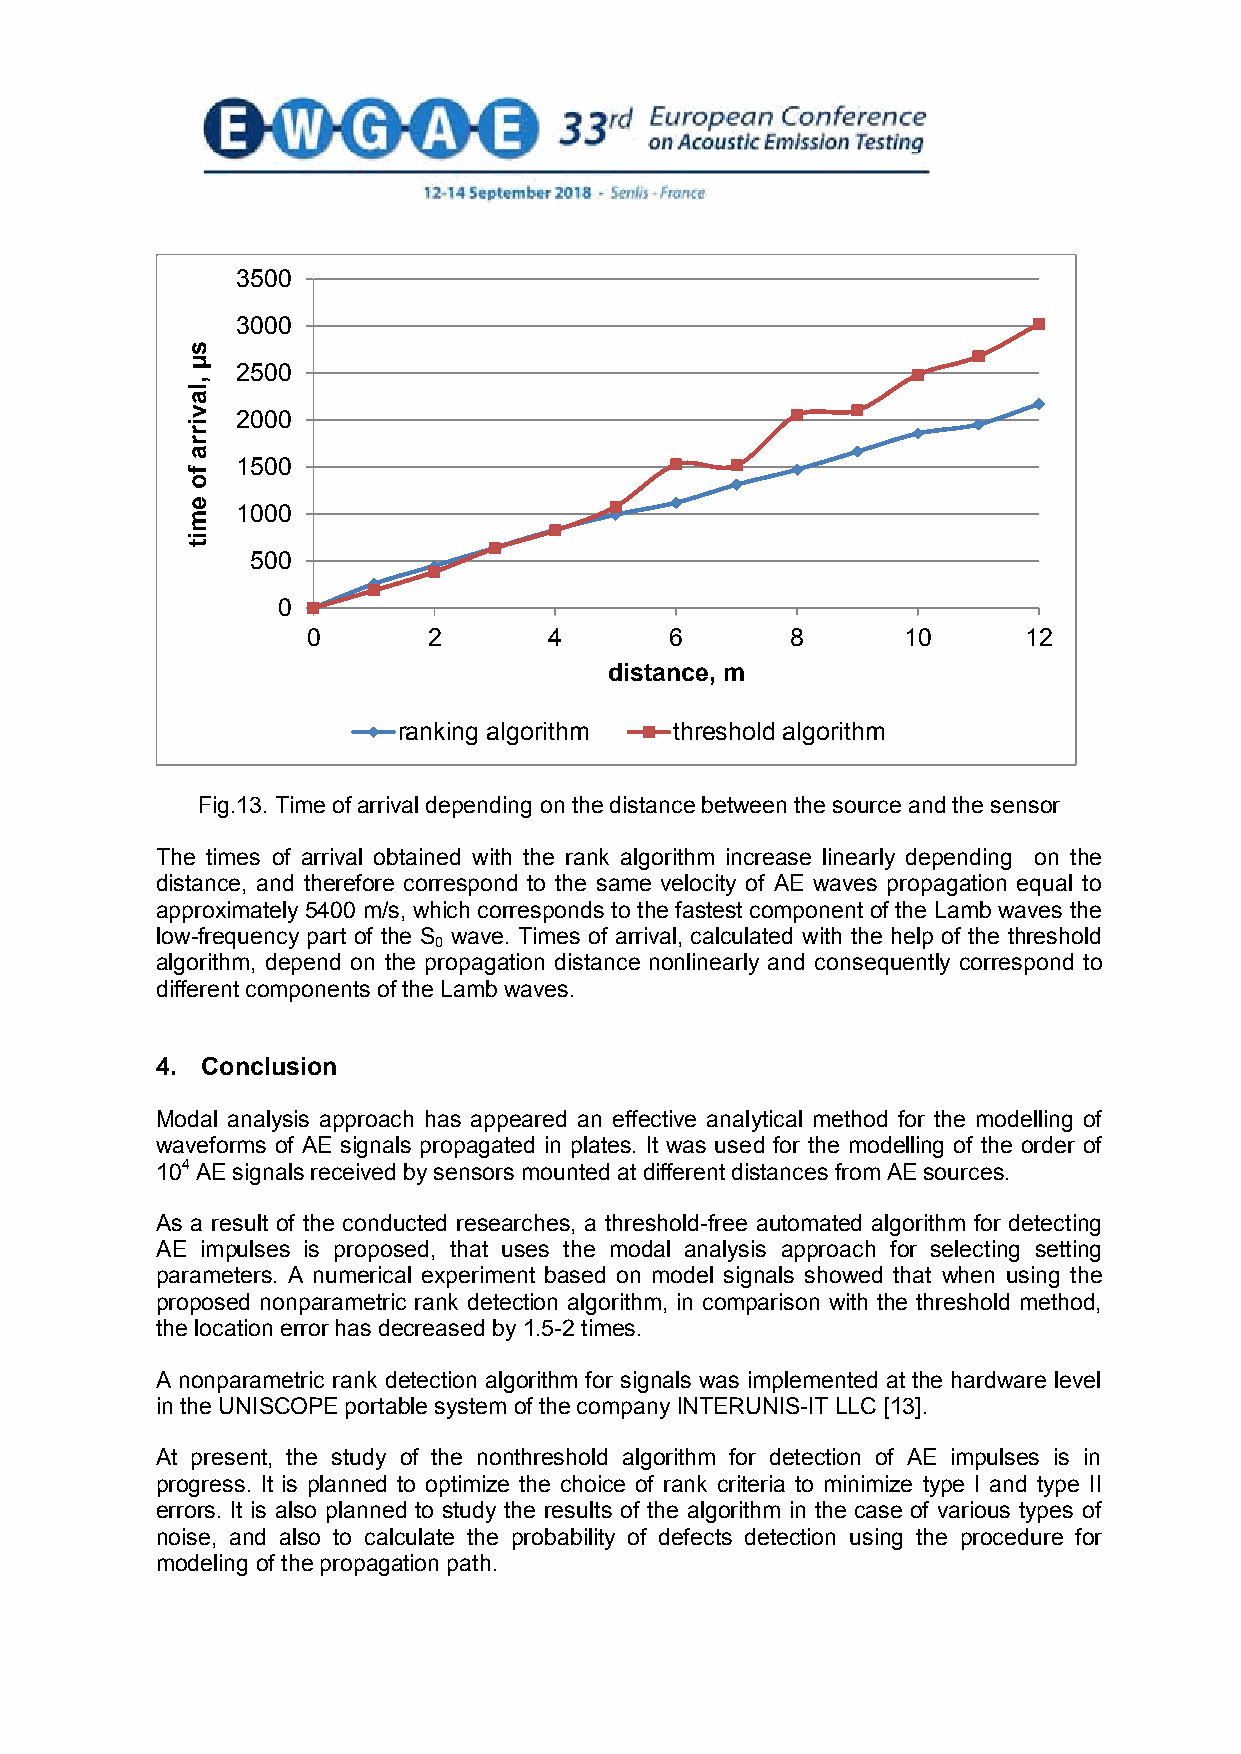
3500
 3000
 2500
 2000
 1500
 1000
 500
 0
 0       2       4       6       8       10      12
 distance, m
 ranking algorithm  threshold algorithm
 Fig.13. Time of arrival depending on the distance between the source and the sensor
 The times of arrival obtained with the rank algorithm increase linearly depending on the
 distance, and therefore correspond to the same velocity of AE waves propagation equal to
 approximately 5400 m/s, which corresponds to the fastest component of the Lamb waves the
 low-frequency part of the S wave. Times of arrival, calculated with the help of the threshold
 0
 algorithm, depend on the propagation distance nonlinearly and consequently correspond to
 different components of the Lamb waves.
 4. Conclusion
 Modal analysis approach has appeared an effective analytical method for the modelling of
 waveforms of AE signals propagated in plates. It was used for the modelling of the order of
 104 AE signals received by sensors mounted at different distances from AE sources.
 As a result of the conducted researches, a threshold-free automated algorithm for detecting
 AE impulses is proposed, that uses the modal analysis approach for selecting setting
 parameters. A numerical experiment based on model signals showed that when using the
 proposed nonparametric rank detection algorithm, in comparison with the threshold method,
 the location error has decreased by 1.5-2 times.
 A nonparametric rank detection algorithm for signals was implemented at the hardware level
 in the UNISCOPE portable system of the company INTERUNIS-IT LLC [13].
 At present, the study of the nonthreshold algorithm for detection of AE impulses is in
 progress. It is planned to optimize the choice of rank criteria to minimize type I and type II
 errors. It is also planned to study the results of the algorithm in the case of various types of
 noise, and also to calculate the probability of defects detection using the procedure for
 modeling of the propagation path.
 12
 sµ
 ,lavirra
 fo
 emit